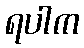
ရပါက